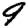
Digit: 9